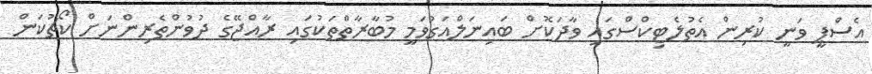
އެސްޕީ ވަނީ ކުރިން އެތުލެޓިކްސްގައި ވާދަކޮށް ބައިނަލްއަގުވަމީ މުބާރާތްތަކުގައި ރާއްޖޭގެ ދުވުންތެރިންނަށް ކޯޗުކަން